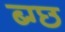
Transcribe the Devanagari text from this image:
ब्ग्छ